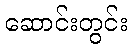
ဆောင်းတွင်း